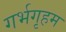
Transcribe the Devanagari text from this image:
गर्भगृहम